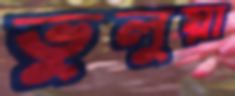
ভুলুয়া